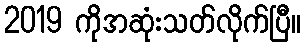
2019 ကိုအဆုံးသတ်လိုက်ပြီ။